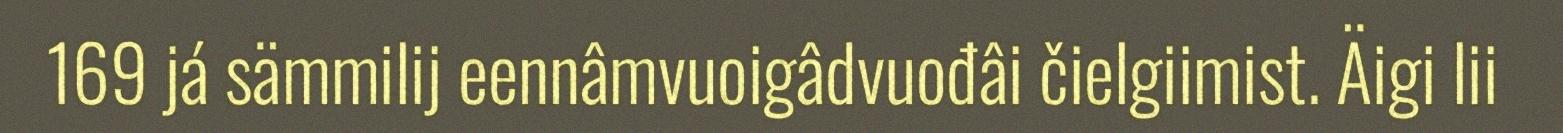
169 já sämmilij eennâmvuoigâdvuođâi čielgiimist. Äigi lii